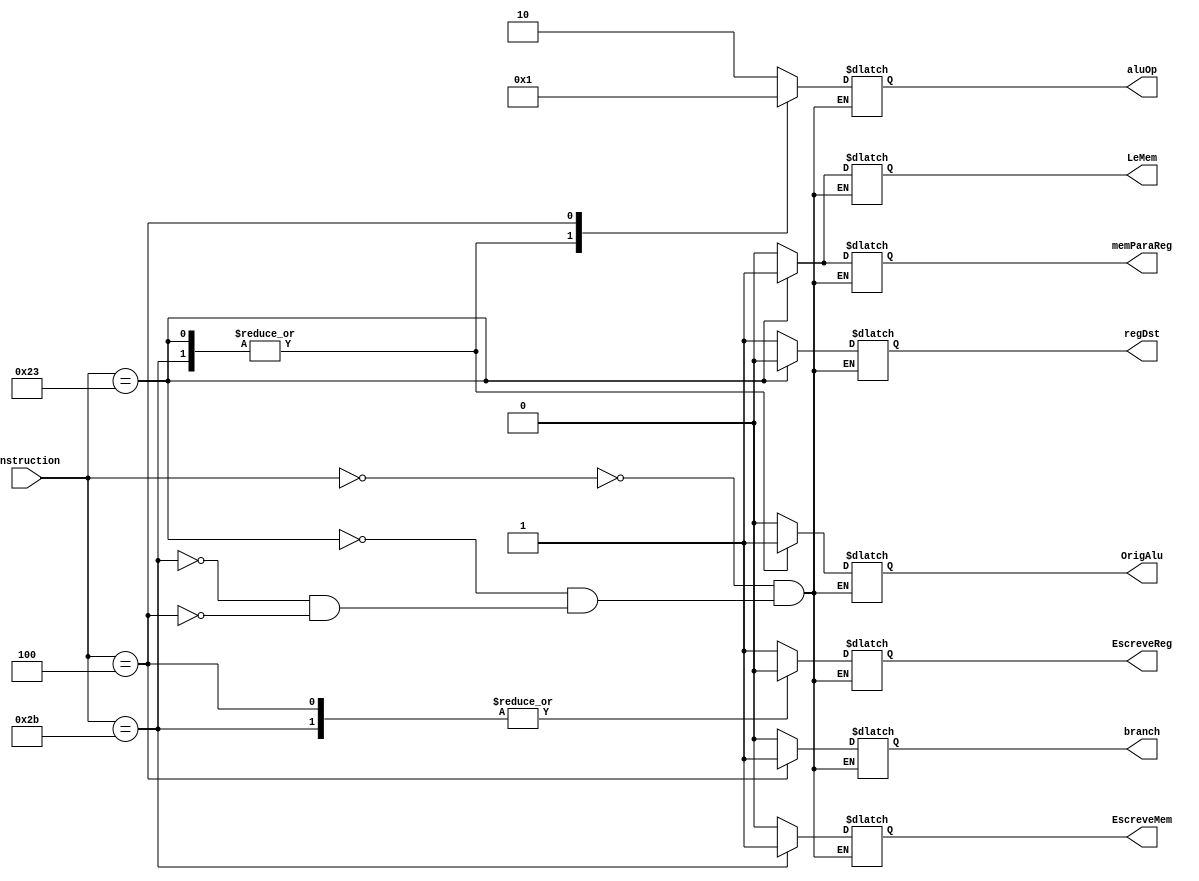

module CONTROL(
	input wire[5:0] instruction,
	output wire regDst,
	output wire branch,
	output wire LeMem,
	output wire memParaReg,
	output wire[1:0] aluOp,
	output wire EscreveMem,
	output wire OrigAlu,
	output wire EscreveReg
);

reg[5:0] opcode;

reg _regDst;
reg _branch;
reg _LeMem;
reg _memParaReg;
reg[1:0] _aluOp;
reg _EscreveMem;
reg _OrigAlu;
reg _EscreveReg;

always @ (instruction)
begin
opcode = instruction;

case (opcode)
  6'b000000:  //formato r 
  begin
  _regDst <= 1'b1;
  _OrigAlu <= 1'b0;
  _memParaReg <= 1'b0;
  _EscreveReg <= 1'b1;
  _LeMem <= 1'b0;
  _EscreveMem <= 1'b0;
  _branch <= 1'b0;
  _aluOp <= 2'b10;
  end
  6'b100011:   //lw
  begin
   _regDst <= 1'b0;
  _OrigAlu <= 1'b1;
  _memParaReg <= 1'b1;
  _EscreveReg <= 1'b1;
  _LeMem <= 1'b1;
  _EscreveMem <= 1'b0;
  _branch <= 1'b0;
  _aluOp <= 2'b00;
  end
  6'b101011:   //sw
  begin
    _regDst <= 1'bx;
  _OrigAlu <= 1'b1;
  _memParaReg <= 1'bx;
  _EscreveReg <= 1'b0;
  _LeMem <= 1'b0;
  _EscreveMem <= 1'b1;
  _branch <= 1'b0;
  _aluOp <= 2'b00;
  end
  6'b000100:   //beq
  begin
  _regDst <= 1'bx;
  _OrigAlu <= 1'b0;
  _memParaReg <= 1'bx;
  _EscreveReg <= 1'b0;
  _LeMem <= 1'b0;
  _EscreveMem <= 1'b0;
  _branch <= 1'b1;
  _aluOp <= 2'b01;
  end
  endcase


end

assign regDst = _regDst;
assign branch = _branch;
assign LeMem = _LeMem;
assign  memParaReg = _memParaReg;
assign  aluOp = _aluOp;
assign  EscreveMem = _EscreveMem;
assign  OrigAlu = _OrigAlu;
assign  EscreveReg = _EscreveReg;


endmodule